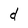
Character: d